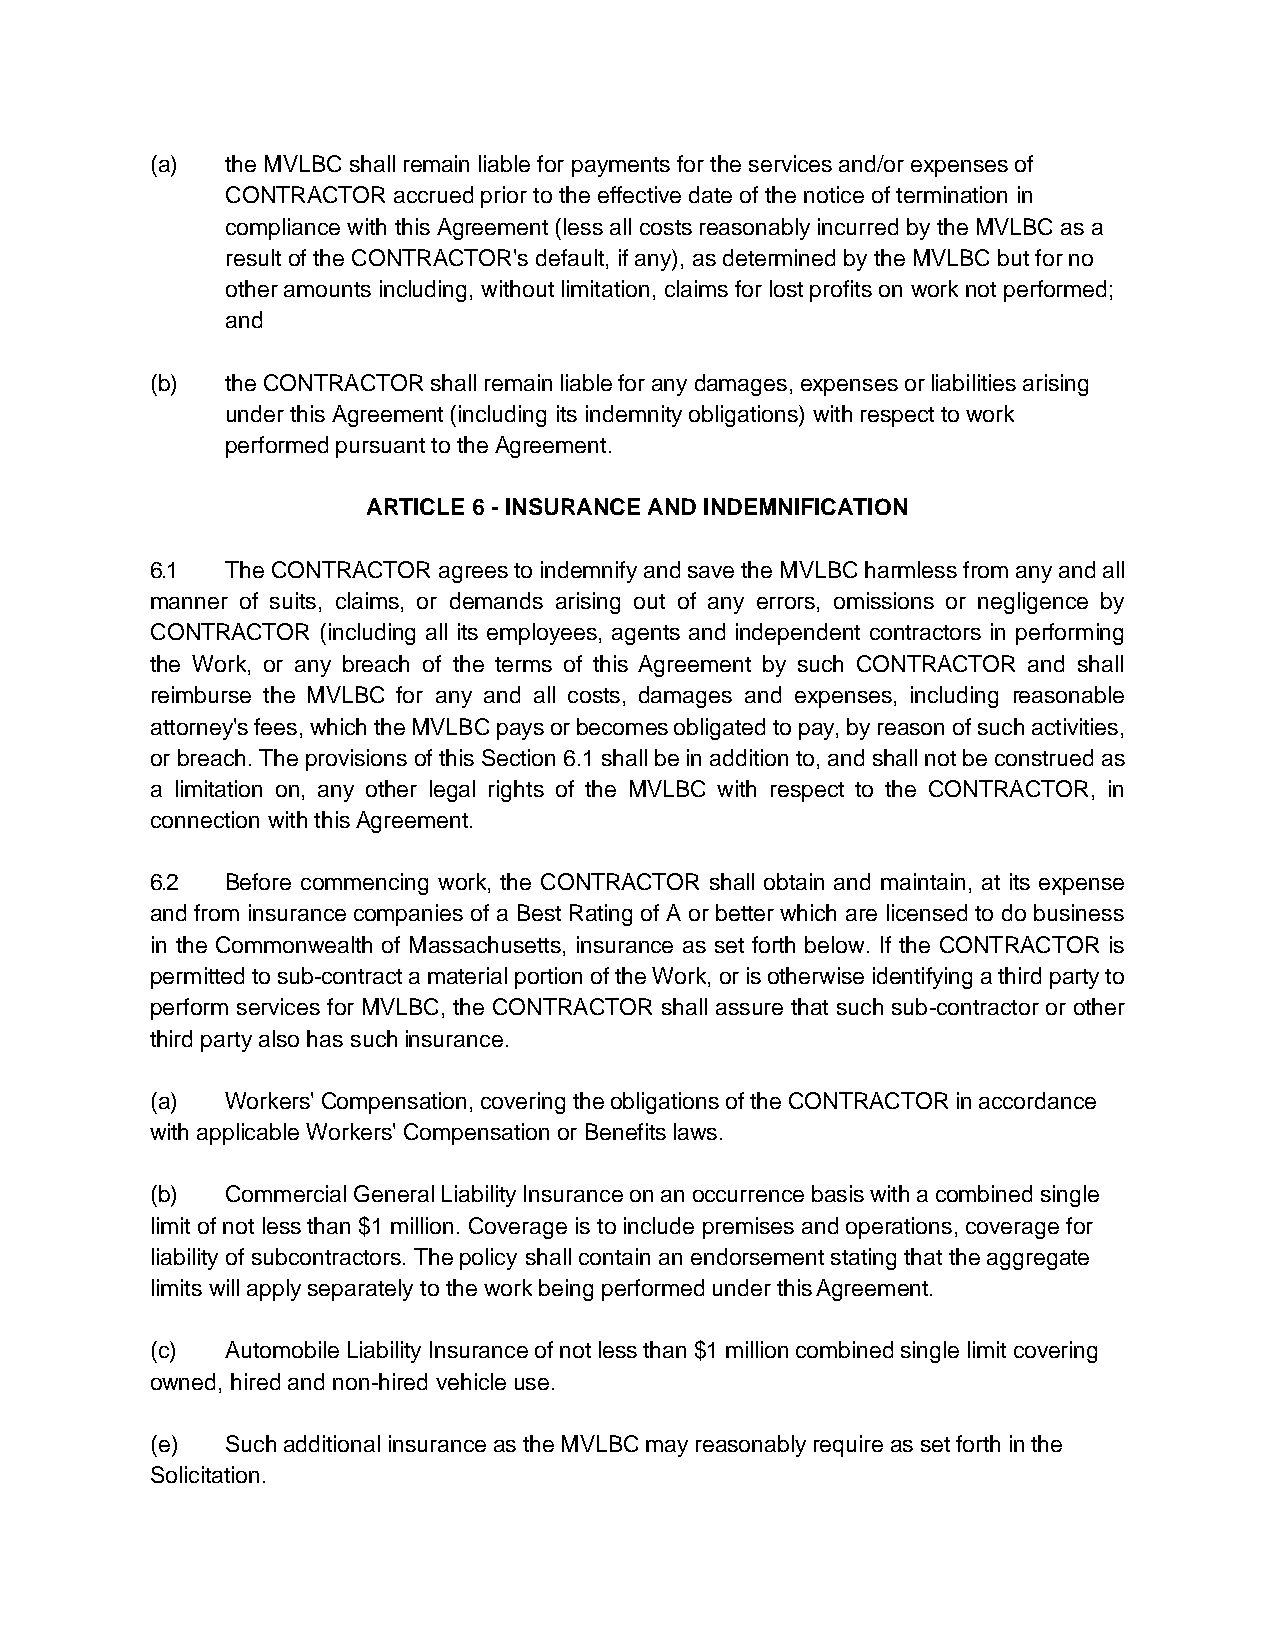
(a)  the MVLBC shall remain liable for payments for the services and/or expenses of
 CONTRACTOR accrued prior to the effective date of the notice of termination in
 compliance with this Agreement (less all costs reasonably incurred by the MVLBC as a
 result of the CONTRACTOR's default, if any), as determined by the MVLBC but for no
 other amounts including, without limitation, claims for lost profits on work not performed;
 and
 (b)  the CONTRACTOR shall remain liable for any damages, expenses or liabilities arising
 under this Agreement (including its indemnity obligations) with respect to work
 performed pursuant to the Agreement.
 ARTICLE 6 - INSURANCE AND INDEMNIFICATION
 6.1  The CONTRACTOR agrees to indemnify and save the MVLBC harmless from any and all
 manner of suits, claims, or demands arising out of any errors, omissions or negligence by
 CONTRACTOR (including all its employees, agents and independent contractors in performing
 the Work, or any breach of the terms of this Agreement by such CONTRACTOR and shall
 reimburse the MVLBC for any and all costs, damages and expenses, including reasonable
 attorney's fees, which the MVLBC pays or becomes obligated to pay, by reason of such activities,
 or breach. The provisions of this Section 6.1 shall be in addition to, and shall not be construed as
 a limitation on, any other legal rights of the MVLBC with respect to the CONTRACTOR, in
 connection with this Agreement.
 6.2  Before commencing work, the CONTRACTOR shall obtain and maintain, at its expense
 and from insurance companies of a Best Rating of A or better which are licensed to do business
 in the Commonwealth of Massachusetts, insurance as set forth below. If the CONTRACTOR is
 permitted to sub-contract a material portion of the Work, or is otherwise identifying a third party to
 perform services for MVLBC, the CONTRACTOR shall assure that such sub-contractor or other
 third party also has such insurance.
 (a)  Workers' Compensation, covering the obligations of the CONTRACTOR in accordance
 with applicable Workers' Compensation or Benefits laws.
 (b)  Commercial General Liability Insurance on an occurrence basis with a combined single
 limit of not less than $1 million. Coverage is to include premises and operations, coverage for
 liability of subcontractors. The policy shall contain an endorsement stating that the aggregate
 limits will apply separately to the work being performed under this Agreement.
 (c)  Automobile Liability Insurance of not less than $1 million combined single limit covering
 owned, hired and non-hired vehicle use.
 (e)  Such additional insurance as the MVLBC may reasonably require as set forth in the
 Solicitation.